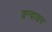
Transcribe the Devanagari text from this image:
व्रन्दावन